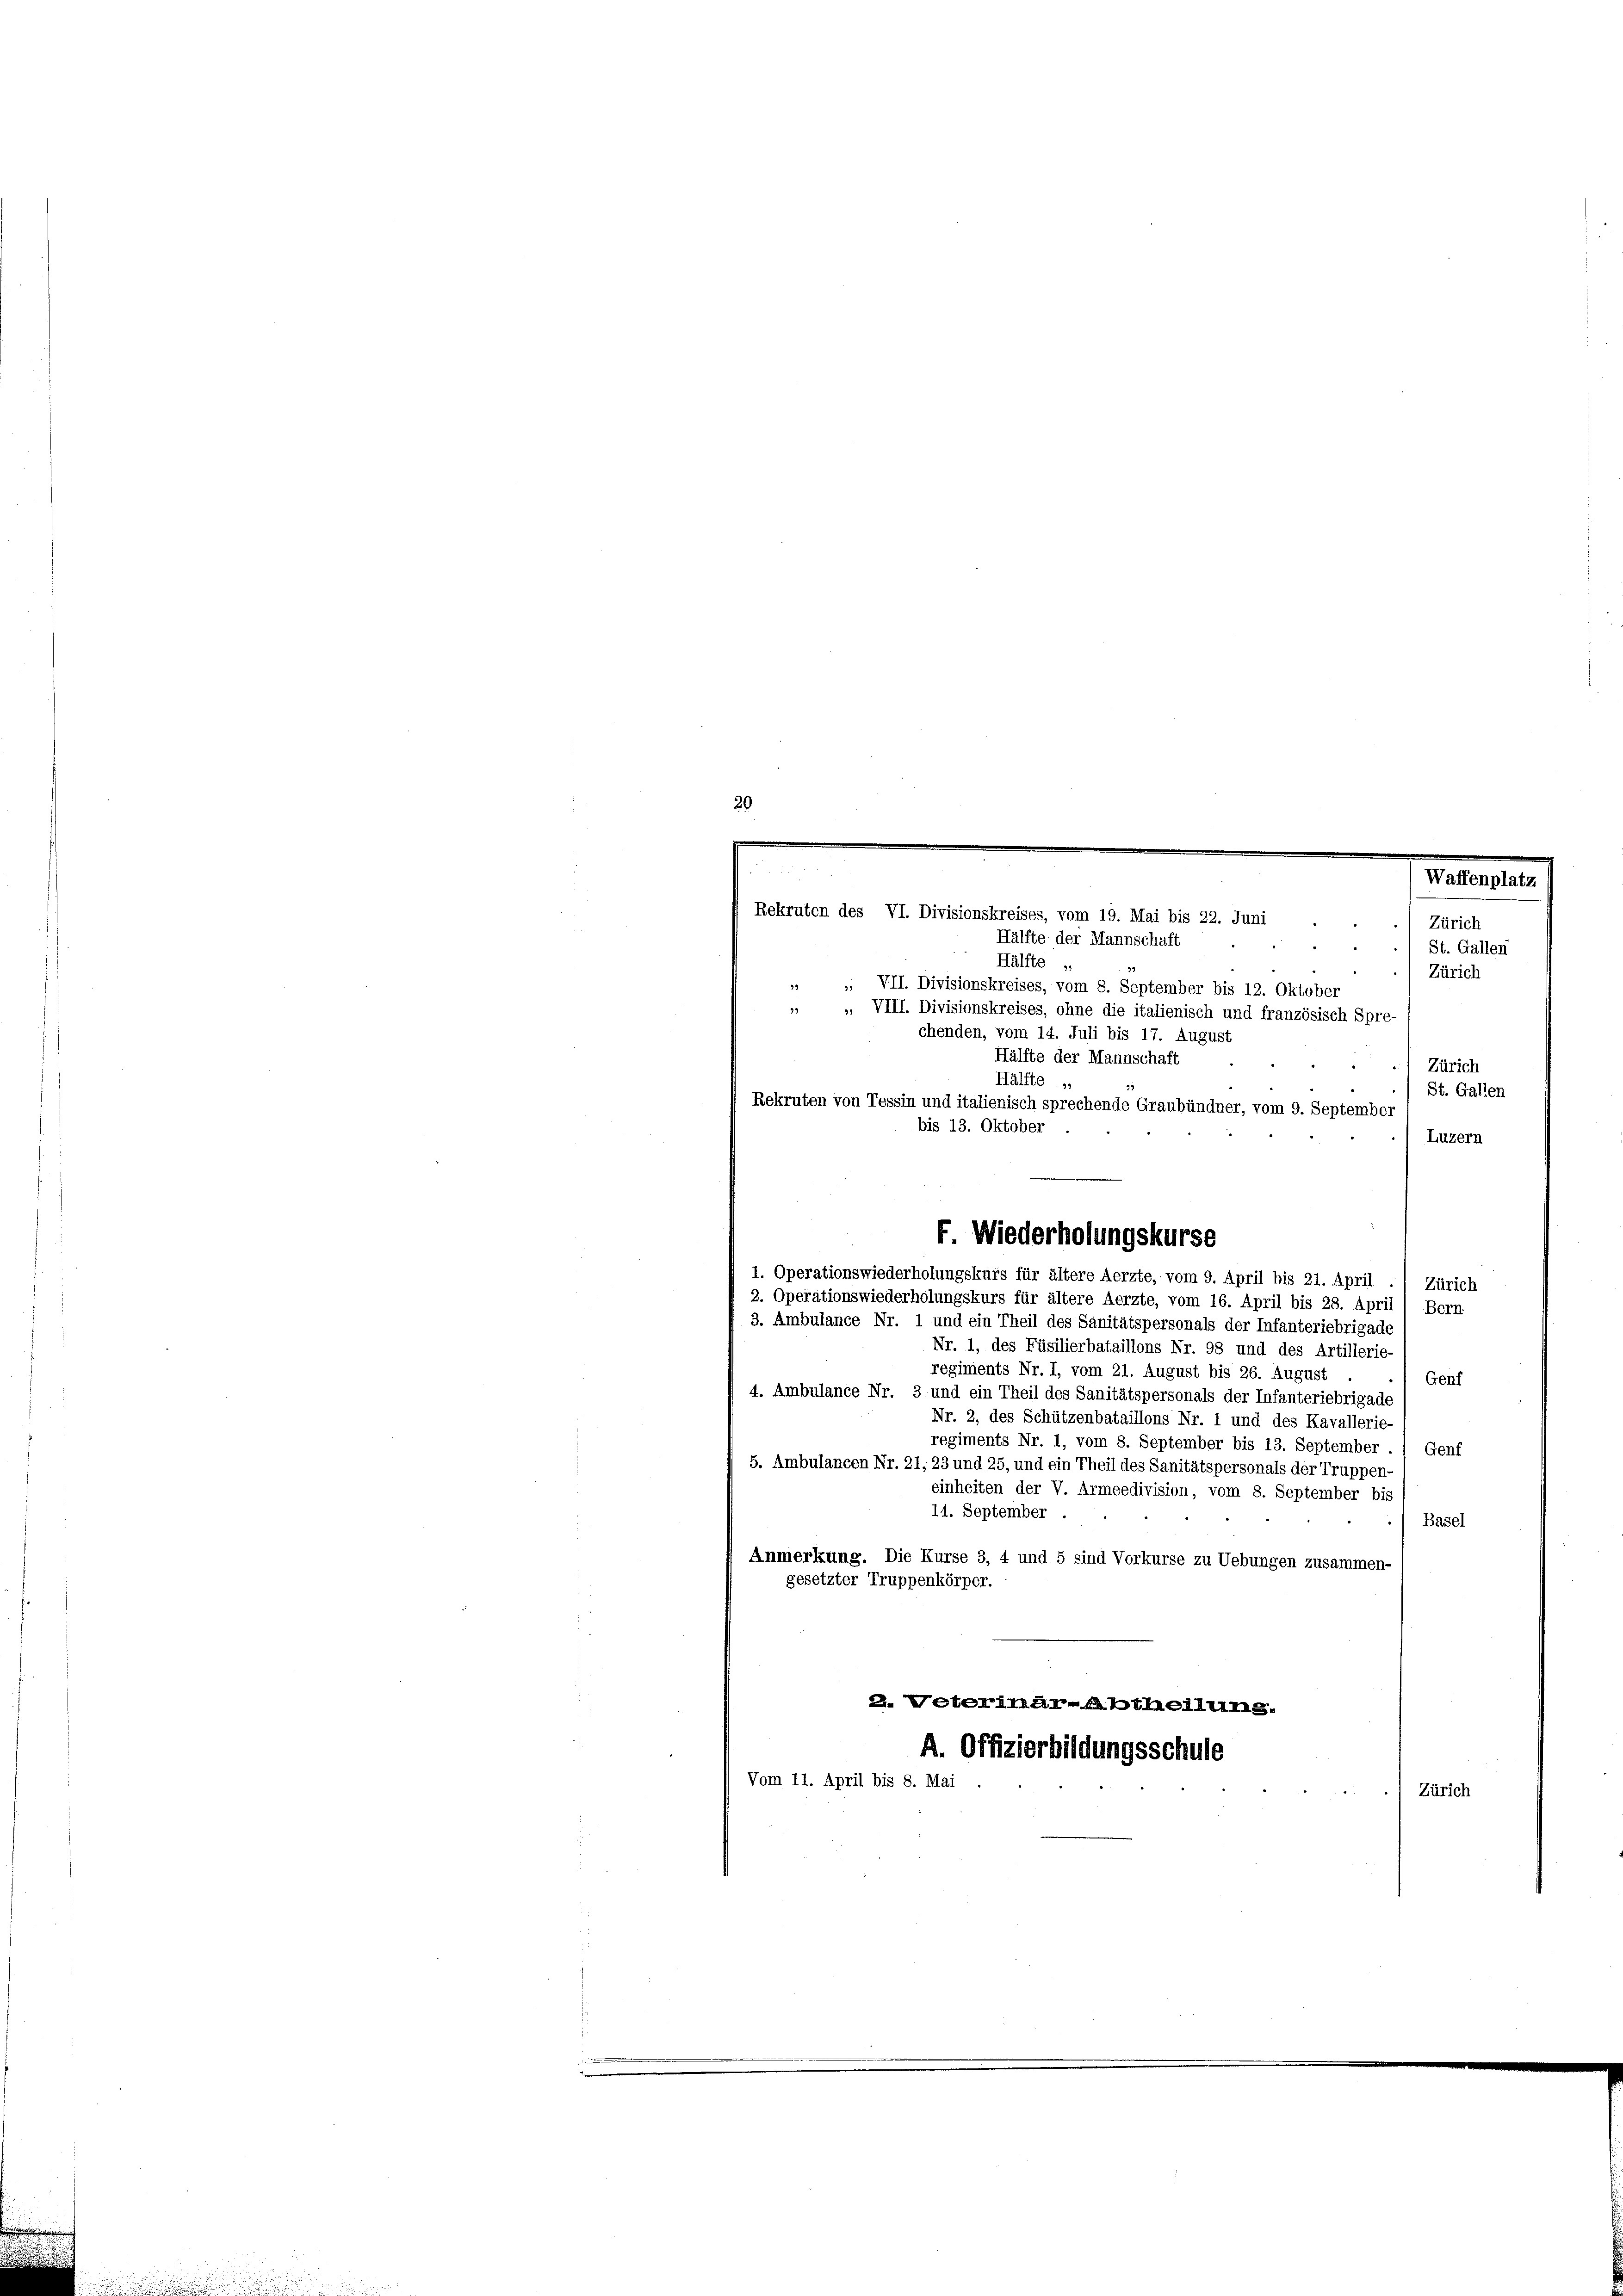
29

x 2

Rekruten des VI. Divisionskreises, vom 19. Mai bis 22. Juni
Hälfte der Mannschaft
St. Gallen
Hälfte „
Zürich
23.
VII. Divisionskreises, vom 8. September bis 12. Oktober
 „ VIII. Divisionskreises, ohne die italienisch und französisch Spre-
chenden, vom 14. Juli bis 17. August
Hälfte der Mannschaft
Zürich
Hälfte „
St. Gallen
Rekruten von Tessin und italienisch sprechende Graubündner, vom 9. September
bis 13. Oktober
Luzern
I. Operationswiederholungskurs für ältere Aerzte, vom 9. April bis 21. April
Zürich
2. Operationswiederholungskurs für ältere Aerzte, vom 16. April bis 28. April 1 Bern
3. Ambulance Nr. 1 und ein Theil des Sanitätspersonals der Infanteriebrigade
Nr. 1, des Füsilierbataillons Nr. 98 und des Artillerie-
regiments Nr. I, vom 21. August bis 26. August
Genf
4. Ambulance Nr. 3 und ein Theil des Sanitätspersonals der Infanteriebrigade
Nr. 2, des Schützenbataillons Nr. 1 und des Kavallerie-
regiments Nr. 1, vom 8. September bis 13. September . 1 Genf
5. Ambulancen Nr. 21, 23 und 25, und ein Theil des Sanitätspersonals der Truppen-
einheiten der V. Armeedivision, vom 8. September bis
14. September.
Basel
Anmerkung. Die Kurse 3, 4 und 5 sind Vorkurse zu Uebungen zusammen-
gesetzter Truppenkörper.
2. Peterimar-Abtheilung.
A. Offizierbildungsschule
Vom 11. April bis 8. Mai
Zürich

F. Wiederholungskurse

Zürich

Waffenplatz